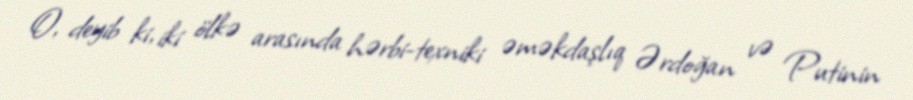
O, deyib ki, iki ölkə arasında hərbi-texniki əməkdaşlıq Ərdoğan və Putinin